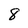
Character: 8